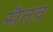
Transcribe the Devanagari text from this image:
सैतव